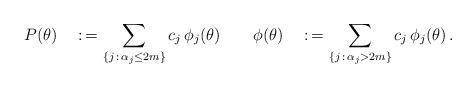
LaTeX: \begin{align*}P(\theta)\quad:\,=\sum_{\{j\,:\,\alpha_j\le 2m\}} c_j\,\phi_j(\theta)\qquad\phi(\theta)\quad:\,=\sum_{\{j\,:\,\alpha_j> 2m\}} c_j\,\phi_j(\theta)\,.\end{align*}